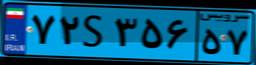
۲۹S۵۱۶۵۴